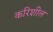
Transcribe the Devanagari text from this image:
करिशील